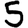
Digit: 5